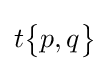
t{\begin{Bmatrix}p,q\end{Bmatrix}}